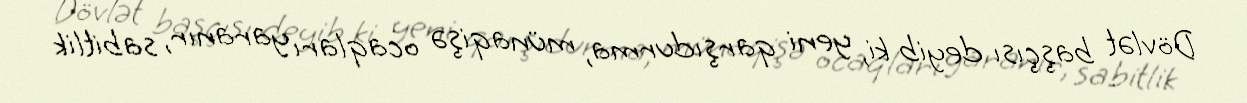
Dövlət başçısı deyib ki, yeni qarşıdurma, münaqişə ocaqları yaranır, sabitlik